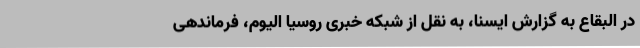
در البقاع به گزارش ایسنا، به نقل از شبکه خبری روسیا الیوم، فرماندهی